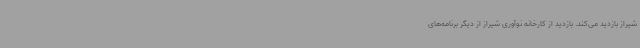
شیراز بازدید می‌کند. بازدید از کارخانه نوآوری شیراز از دیگر برنامه‌های